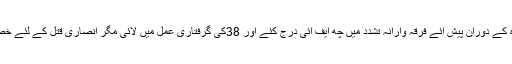
ستیا مارا ہی پولیس نے دسہرہ کے دوران پیش ائے فرقہ وارانہ تشدد میں چھ ایف ائی درج کئے اور 38کی گرفتاری عمل میں لائی مگر انصاری قتل کے لئے خصوصی طور پر کچھ نہیں کیا۔